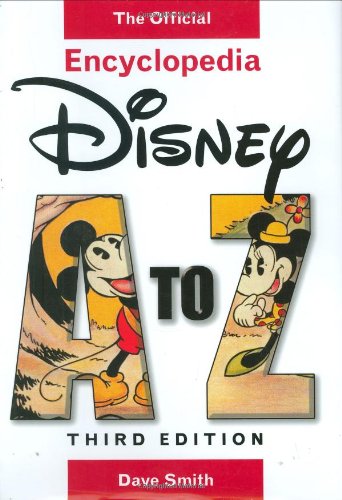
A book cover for Disney A to Z: The Official Encyclopedia (Third Edition); Dave Smith; Humor & Entertainment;